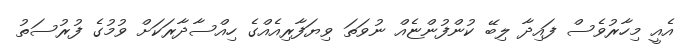
އެއީ މިހާރުވެސް ފައިދާ ލިބޭ ކުންފުންޏެއް ނުވަތަ ވިޔަފާރިއެއްގެ ހިއްސާދާރަކަށް ވުމުގެ ފުރުސަތު